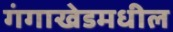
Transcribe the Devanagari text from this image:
गंगाखेडमधील